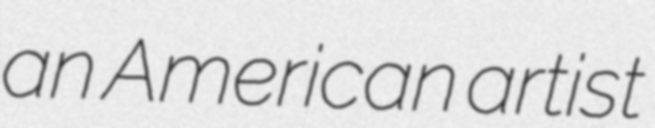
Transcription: an American artist